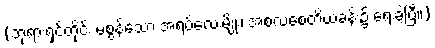
(ဘုရားရှင်တိုင်း မစွန့်သော အရပ်လေးမျိုး၊ အစလစေတိယခန်း၌ ရေးခဲ့ပြီ။)